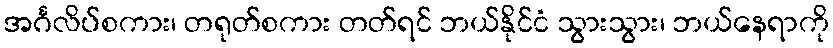
အင်္ဂလိပ်စကား၊ တရုတ်စကား တတ်ရင် ဘယ်နိုင်ငံ သွားသွား၊ ဘယ်နေရာကို